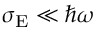
\sigma _ { \mathrm { E } } \ll \hbar \omega